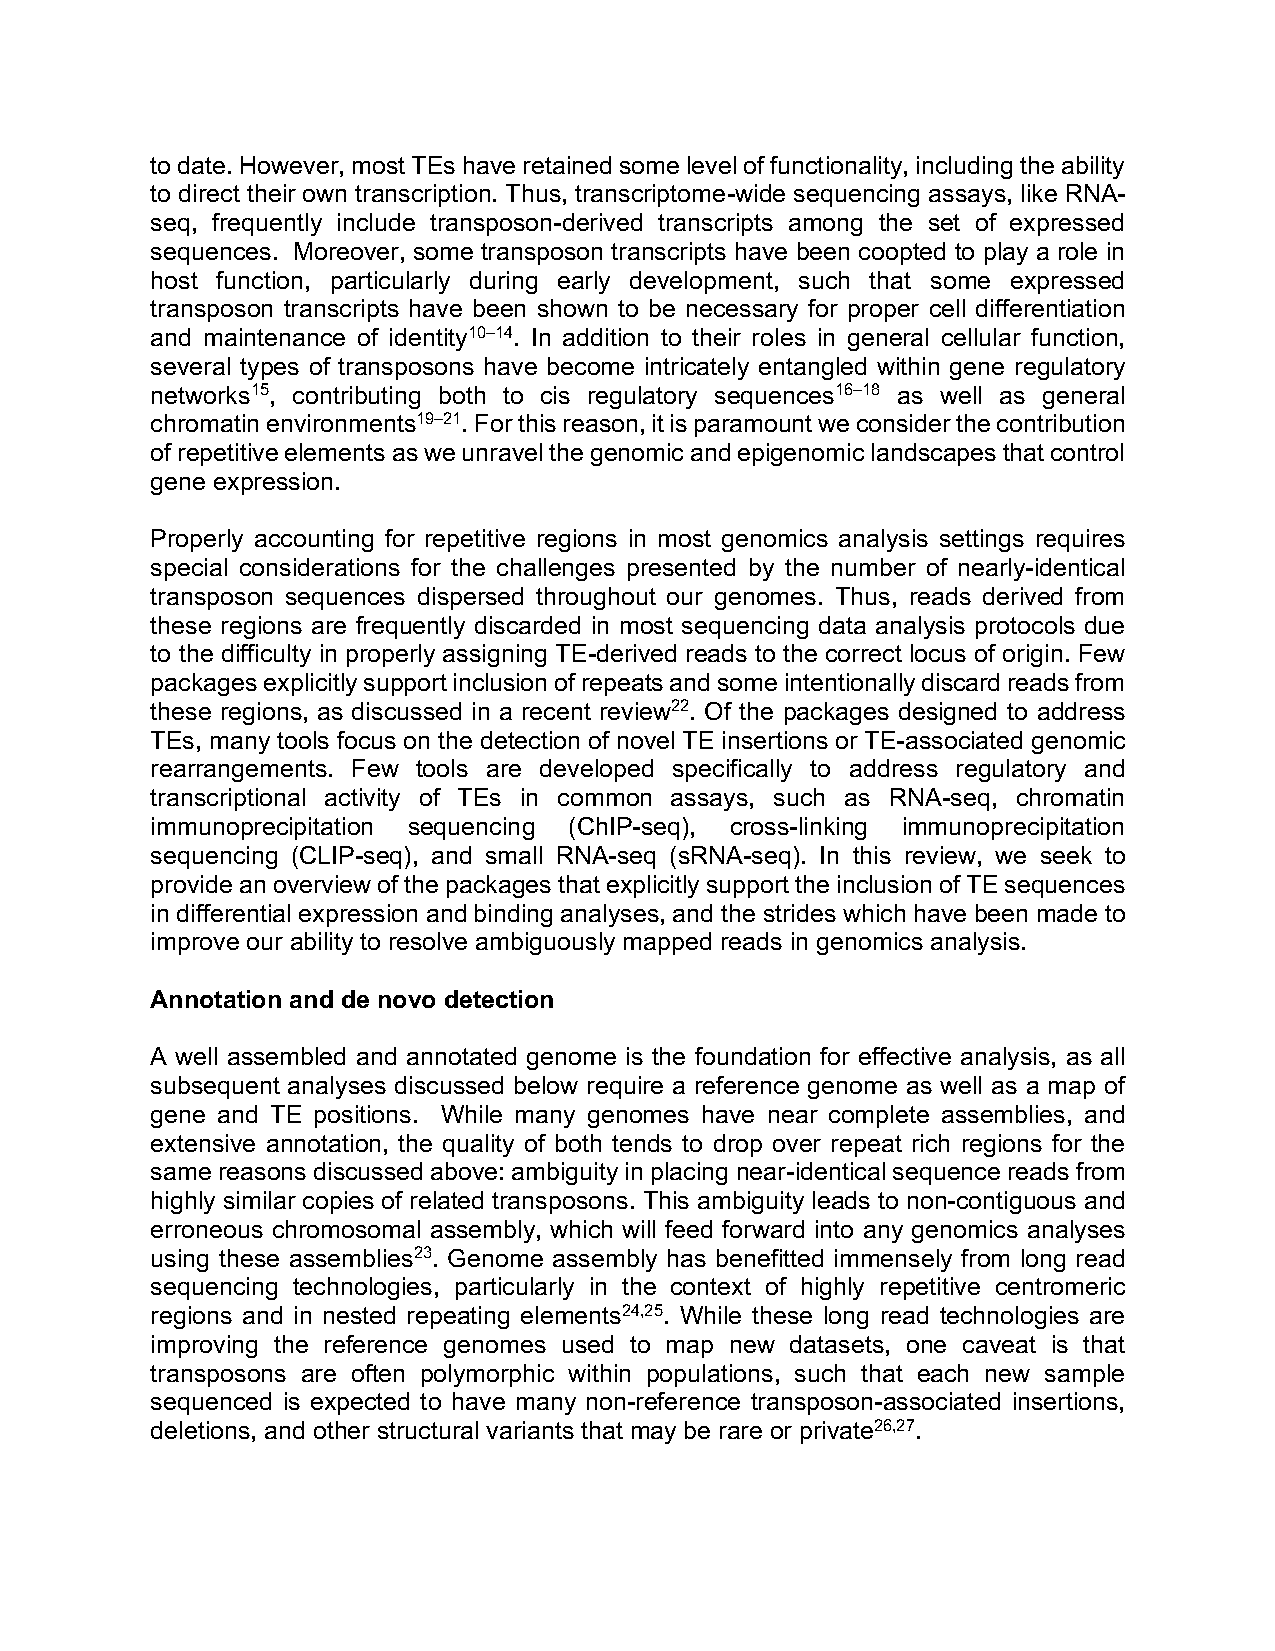
to date. However, most TEs have retained some level of functionality, including the ability
 to direct their own transcription. Thus, transcriptome-wide sequencing assays, like RNA-
 seq, frequently include transposon-derived transcripts among the set of expressed
 sequences. Moreover, some transposon transcripts have been coopted to play a role in
 host function, particularly during early development, such that some expressed
 transposon transcripts have been shown to be necessary for proper cell differentiation
 and maintenance of identity10–14. In addition to their roles in general cellular function,
 several types of transposons have become intricately entangled within gene regulatory
 networks15, contributing both to cis regulatory sequences16–18 as well as general
 chromatin environments19–21. For this reason, it is paramount we consider the contribution
 of repetitive elements as we unravel the genomic and epigenomic landscapes that control
 gene expression.
 Properly accounting for repetitive regions in most genomics analysis settings requires
 special considerations for the challenges presented by the number of nearly-identical
 transposon sequences dispersed throughout our genomes. Thus, reads derived from
 these regions are frequently discarded in most sequencing data analysis protocols due
 to the difficulty in properly assigning TE-derived reads to the correct locus of origin. Few
 packages explicitly support inclusion of repeats and some intentionally discard reads from
 these regions, as discussed in a recent review22. Of the packages designed to address
 TEs, many tools focus on the detection of novel TE insertions or TE-associated genomic
 rearrangements. Few tools are developed specifically to address regulatory and
 transcriptional activity of TEs in common assays, such as RNA-seq, chromatin
 immunoprecipitation sequencing (ChIP-seq), cross-linking immunoprecipitation
 sequencing (CLIP-seq), and small RNA-seq (sRNA-seq). In this review, we seek to
 provide an overview of the packages that explicitly support the inclusion of TE sequences
 in differential expression and binding analyses, and the strides which have been made to
 improve our ability to resolve ambiguously mapped reads in genomics analysis.
 Annotation and de novo detection
 A well assembled and annotated genome is the foundation for effective analysis, as all
 subsequent analyses discussed below require a reference genome as well as a map of
 gene and TE positions. While many genomes have near complete assemblies, and
 extensive annotation, the quality of both tends to drop over repeat rich regions for the
 same reasons discussed above: ambiguity in placing near-identical sequence reads from
 highly similar copies of related transposons. This ambiguity leads to non-contiguous and
 erroneous chromosomal assembly, which will feed forward into any genomics analyses
 using these assemblies23. Genome assembly has benefitted immensely from long read
 sequencing technologies, particularly in the context of highly repetitive centromeric
 regions and in nested repeating elements24,25. While these long read technologies are
 improving the reference genomes used to map new datasets, one caveat is that
 transposons are often polymorphic within populations, such that each new sample
 sequenced is expected to have many non-reference transposon-associated insertions,
 deletions, and other structural variants that may be rare or private26,27.